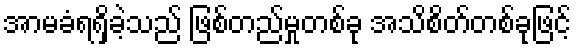
အာမခံရရှိခဲ့သည် ဖြစ်တည်မှုတစ်ခု အသိစိတ်တစ်ခုဖြင့်